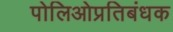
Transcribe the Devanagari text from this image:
पोलिओप्रतिबंधक